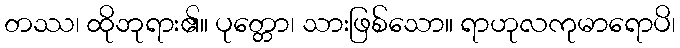
တဿ၊ ထိုဘုရား၏။ ပုတ္တော၊ သားဖြစ်သော။ ရာဟုလကုမာရောပိ၊